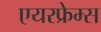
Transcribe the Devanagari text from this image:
एयरफ्रेम्स